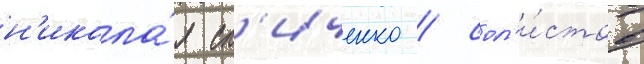
н'икола́я сл'иченко / сол'и́стов